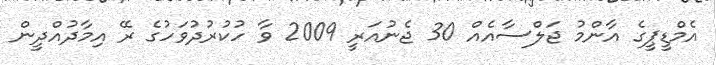
އެމްޑީޕީގެ އާންމު ޖަލްސާއެއް 30 ޖެނުއަރީ 2009 ވާ ހުކުރުދުވަހުގެ ރޭ އިމާދުއްދީން